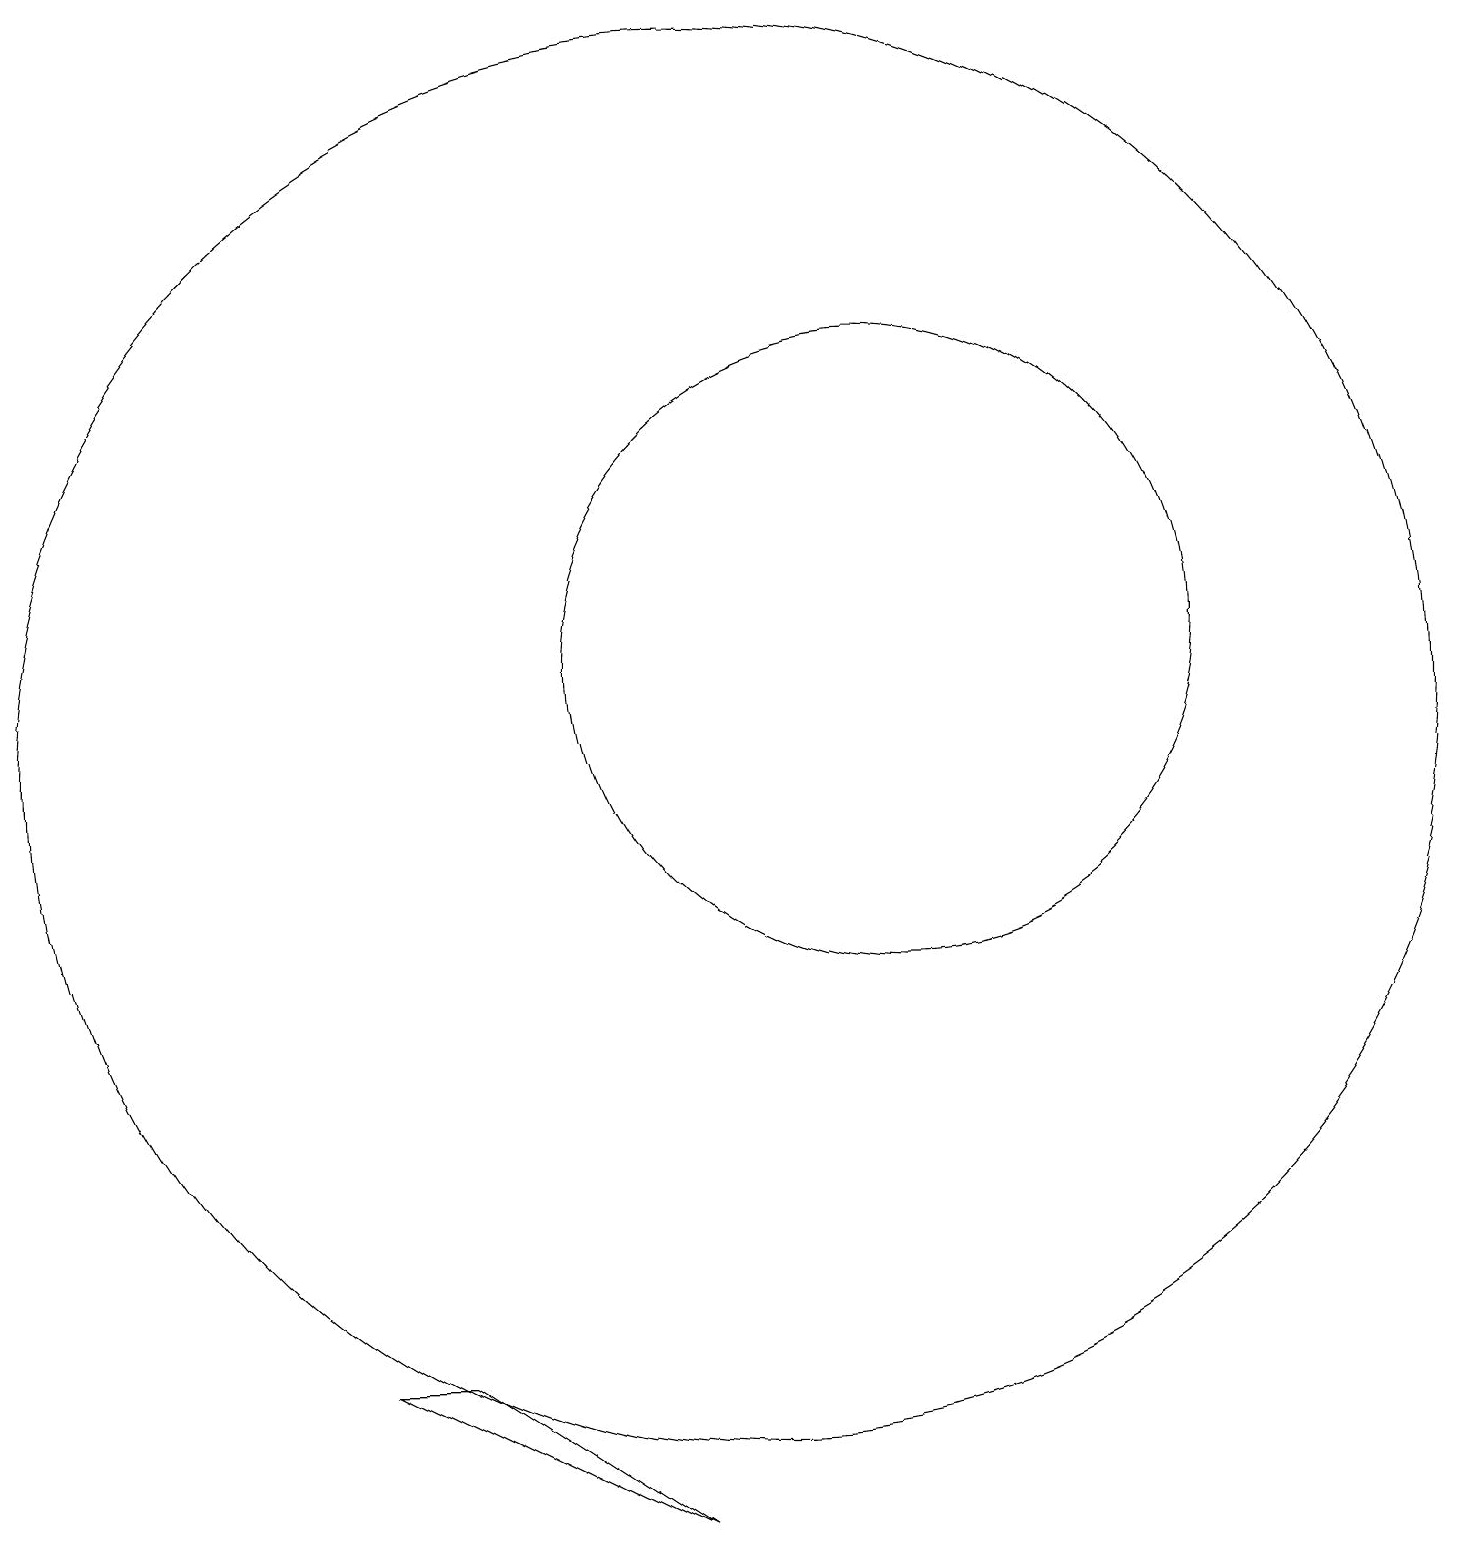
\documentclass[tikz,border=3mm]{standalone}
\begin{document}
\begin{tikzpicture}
\draw (12,11) circle (4);
\draw (6,2) -- (9,0) -- (5,2) -- cycle;
\draw (10,10) circle (9);
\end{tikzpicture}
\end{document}